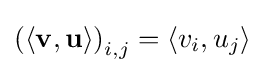
\left(\langle \mathbf {v} ,\mathbf {u} \rangle \right)_{i,j}=\left\langle v_{i},u_{j}\right\rangle